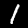
Digit: 1